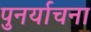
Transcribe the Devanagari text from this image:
पुनर्याचना